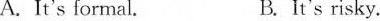
A.It's formal. B.It's risky.